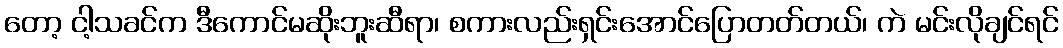
တော့ ငါ့သခင်က ဒီကောင်မဆိုးဘူးဆီရာ၊ စကားလည်းရှင်းအောင်ပြောတတ်တယ်၊ ကဲ မင်းလိုချင်ရင်